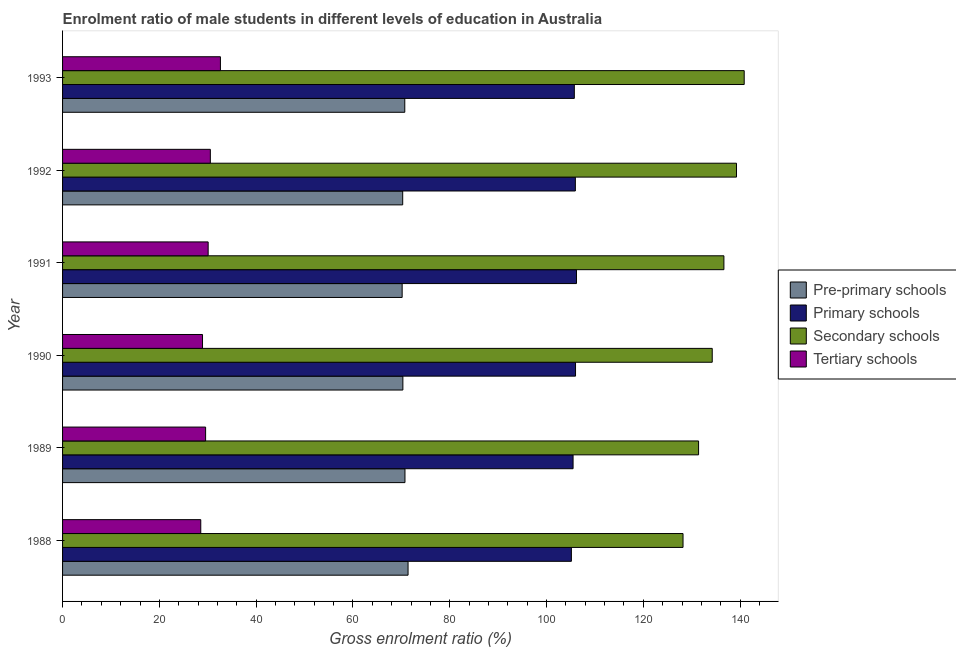
| Year | Pre-primary schools | Primary schools | Secondary schools | Tertiary schools |
 | --- | --- | --- | --- | --- |
 | 1988 | 71.4 | 105 | 128 | 28.6 |
 | 1989 | 70.8 | 105 | 131 | 29.6 |
 | 1990 | 70.3 | 106 | 134 | 28.9 |
 | 1991 | 70.2 | 106 | 137 | 30.1 |
 | 1992 | 70.3 | 106 | 139 | 30.5 |
 | 1993 | 70.7 | 106 | 141 | 32.6 |